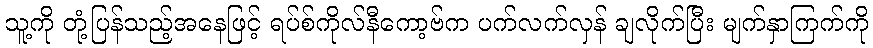
သူ့ကို တုံ့ပြန်သည့်အနေဖြင့် ရပ်စ်ကိုလ်နီကော့ဗ်က ပက်လက်လှန် ချလိုက်ပြီး မျက်နှာကြက်ကို